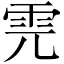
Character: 𩂁